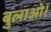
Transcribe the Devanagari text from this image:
बुलाओ।